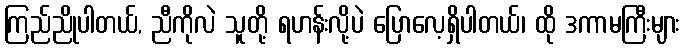
ကြည်ညိုပါတယ်, ညီကိုလဲ သူတို့ ရဟန်းလို့ပဲ ပြောလေ့ရှိပါတယ်၊ ထို ဒကာမကြီးများ